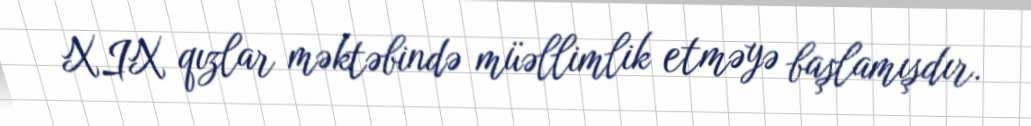
XIX qızlar məktəbində müəllimlik etməyə başlamışdır.